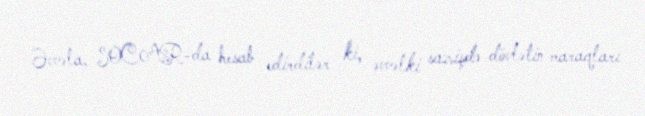
Əvvəla, SOCAR-da hesab edirdilər ki, əvvəlki sazişdə dövlətin maraqları